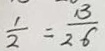
\frac { 1 } { 2 } = \frac { 3 } { 2 6 }